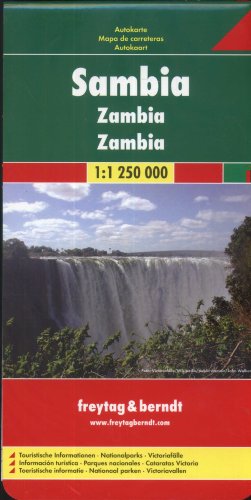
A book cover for Zambia (Road Maps); Freytag-Berndt und Artaria; Travel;